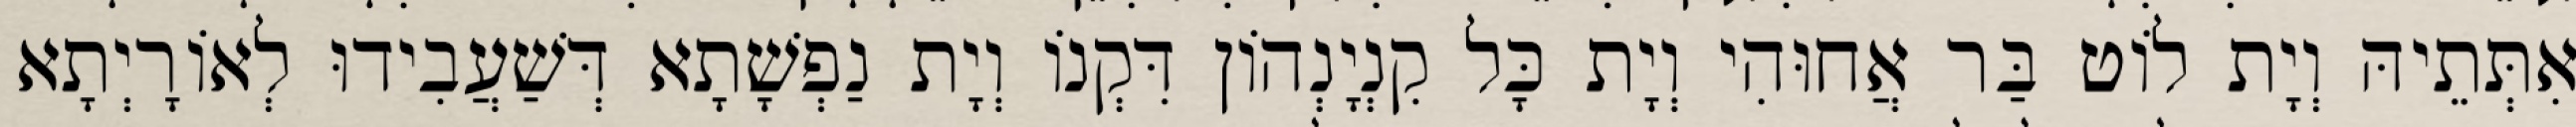
אִתְּתֵיהּ וְיָת לוֹט בַּר אֲחוּהִי וְיָת כָּל קִנְיָנְהוֹן דִּקְנוֹ וְיָת נַפְשָׁתָא דְּשַׁעֲבִידוּ לְאוֹרָיְתָא